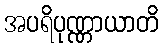
အပရိပုဏ္ဏာယာတိ